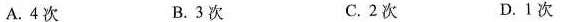
A. 4次 B. 3次 C. 2次 D.1次